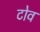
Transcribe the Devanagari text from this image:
टोव